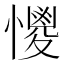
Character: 𢣌